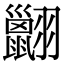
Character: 𦒩